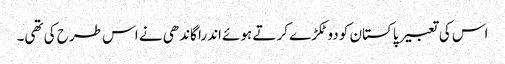
اس کی تعبیر پاکستان کو دو ٹکڑے کرتے ہوئے اندرا گاندھی نے اس طرح کی تھی۔